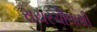
રાચરચીલાથી